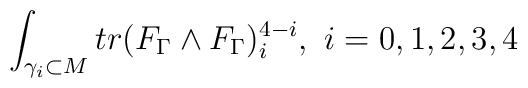
\int_{\gamma_{i}\subset M} tr(F_{\Gamma}\wedge F_{\Gamma})_{i}^{4-i}, \,\, i=0,1,2,3,4